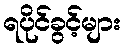
ရပိုင်ခွင့်များ